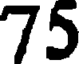
75